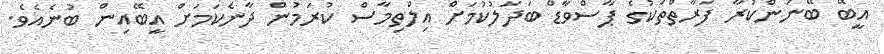
އީބޭ ބޭނުންކުރާ ފަރާތްތަކުގެ ޕާސްވާޑް ބަދަލުކުމަށް އިލްތިމާސް ކުރަމުން ދާނެކަމަށް އީބޭއިން ބުނެއެވެ.